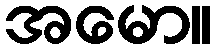
အမော။